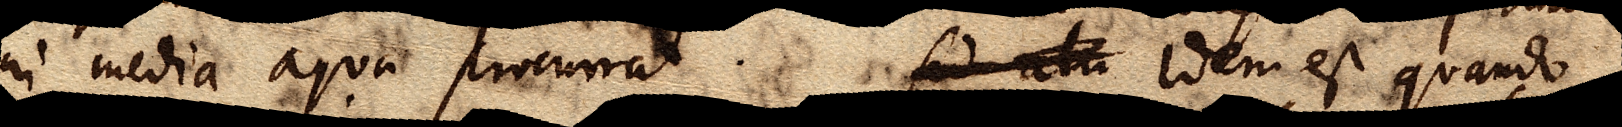
in media aquae procurrat. Sed ita Idem est quando